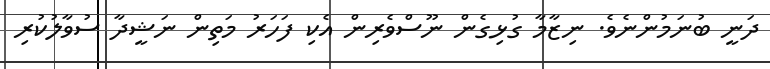
ދަނީ ބުނަމުންނެވެ. ނިޒާމާ ގުޅިގެން ނޫސްވެރިން އެކި ފަހަރު މަތިން ނަޝީދާ ސުވާލުކުރި